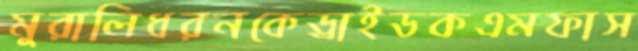
মুরালিধরনকেড্রাইডকএমফাস